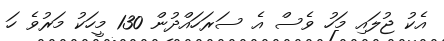
އެކު ޖުލައި މަހު ވެސް އެ ސަރަހައްދުން 130 މީހަކު މަރުވެ ހަ